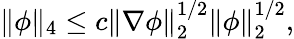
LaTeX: \| \phi\| _{4}\leq c\| \nabla\phi\| _{2}^{1/2}\| \phi\| _{2}^{1/2},